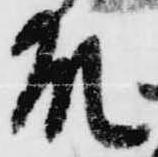
殿